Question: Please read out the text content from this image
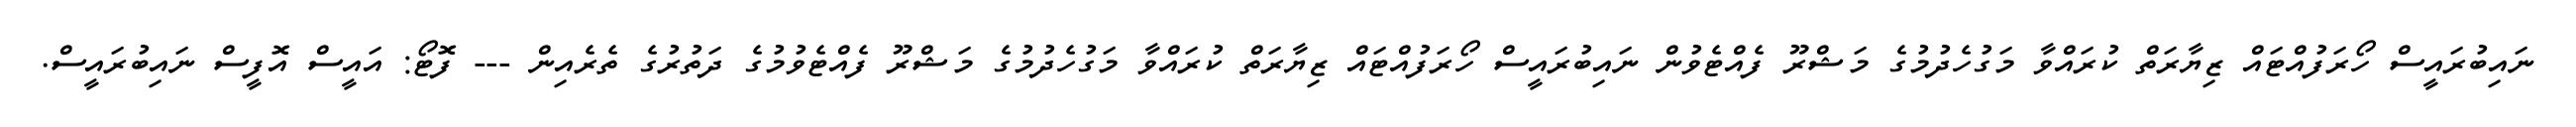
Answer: ނައިބުރައީސް ހޯރަފުއްޓައް ޒިޔާރަތް ކުރައްވާ މަގުހެދުމުގެ މަޝްރޫ ފެއްޓެވުން ނައިބުރައީސް ހޯރަފުއްޓައް ޒިޔާރަތް ކުރައްވާ މަގުހެދުމުގެ މަޝްރޫ ފެއްޓެވުމުގެ ދަތުރުގެ ތެރެއިން --- ފޮޓޯ: އައީސް އޮފީސް ނައިބުރައީސް.